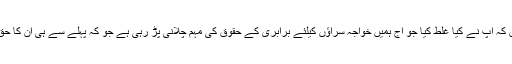
اقراء کے مطابق اگر آپ کسی کو صحیح اور غلط سکھانا چاہتے ہیں تو پہلے اپنی جانب دیکھیں کہ آپ نے کیا غلط کیا جو آج ہمیں خواجہ سراؤں کیلئے برابری کے حقوق کی مہم چلانی پڑ رہی ہے جو کہ پہلے سے ہی ان کا حق ہے ، جو ہم انہیں نہیں دیتے کیونکہ آپ میں سے کوئی نہ کوئی انہیں دل سے قبول نہیں کرتا۔